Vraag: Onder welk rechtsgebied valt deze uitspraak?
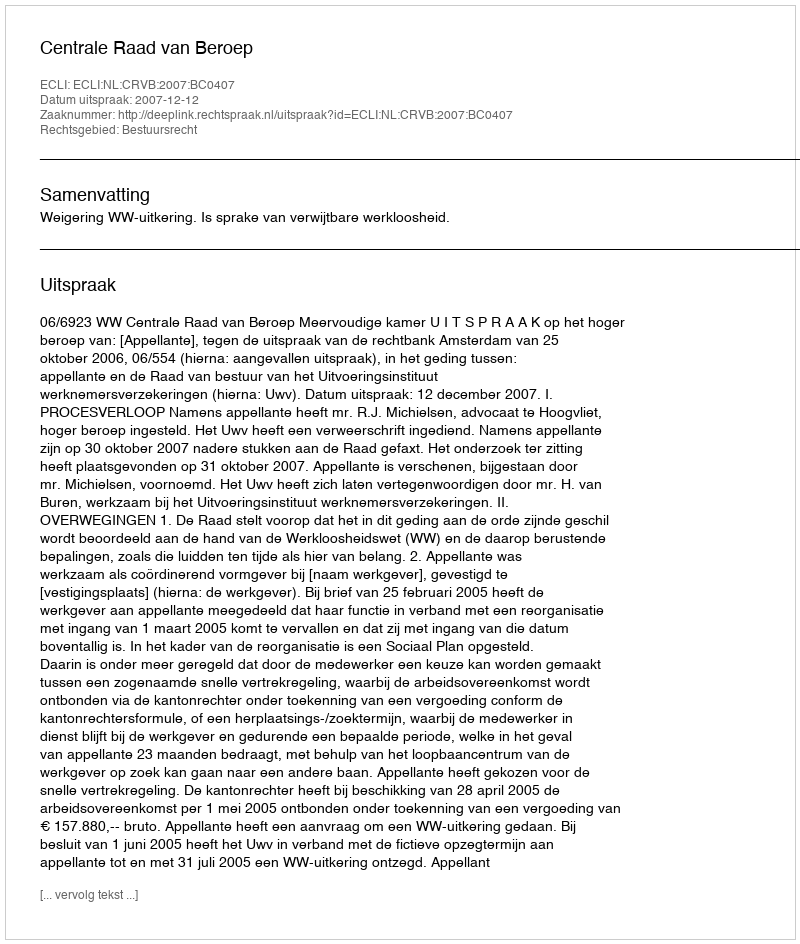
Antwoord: Bestuursrecht